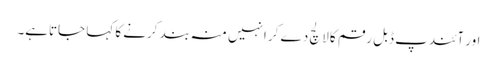
اور آئندپ ڈبل رقم کا لالچ دے کر انہیں منہ بند کرنے کا کہا جاتاہے۔